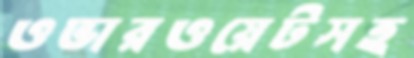
ওভারওয়েটসহ